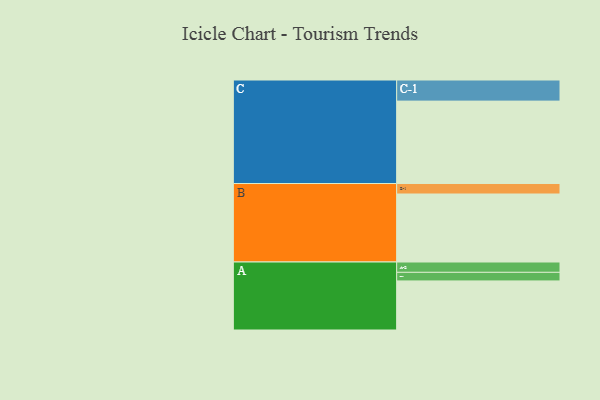
{"axis": {"x": "Segment", "y": "Value"}, "legend": ["", "A", "B", "C"], "data": [{"x": "A", "y": 337, "type": ""}, {"x": "B", "y": 467, "type": ""}, {"x": "C", "y": 566, "type": ""}, {"x": "A-1", "y": 59, "type": "A"}, {"x": "A-2", "y": 71, "type": "A"}, {"x": "B-1", "y": 72, "type": "B"}, {"x": "C-1", "y": 145, "type": "C"}]}